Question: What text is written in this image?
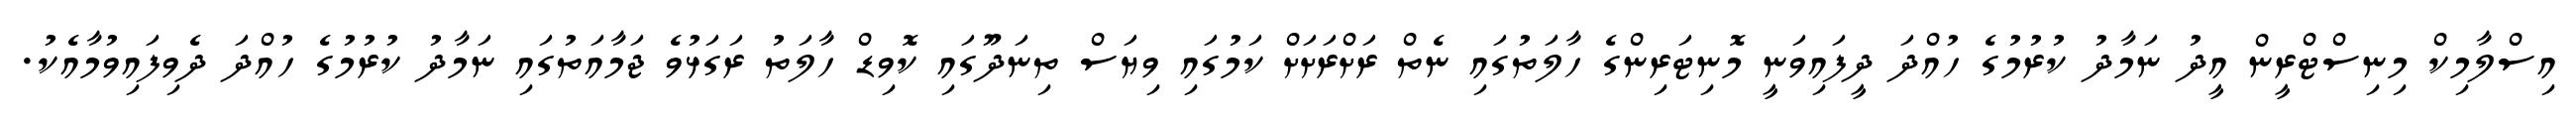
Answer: އިސްލާމިކް މިނިސްޓްރީން އީދު ނަމާދު ކުރުމުގެ ހުއްދަ ދީފައިވަނީ މޮނިޓަރިންގެ ހާލަތުގައި ނެތް ރަށްރަށަށް ކަމުގައި ވިޔަސް ތިނަދޫގައި ކޮވިޑް ހާލަތު ރަގަޅުވެ ޖަމާއަތުގައި ނަމާދު ކުރުމުގެ ހުއްދަ ދެވިފައިވުމާއެކު.